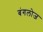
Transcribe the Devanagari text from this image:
बंगलोज